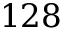
1 2 8